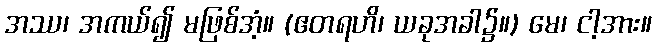
အဿ၊ အကယ်၍ မဖြစ်အံ့။ (ဧတရဟိ၊ ယခုအခါ၌။) မေ၊ ငါ့အား။